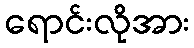
ရောင်းလိုအား